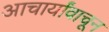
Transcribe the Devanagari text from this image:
आचार्यांवाचून